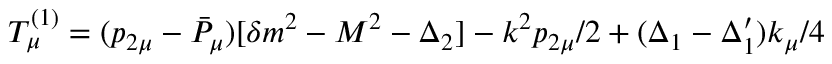
T _ { \mu } ^ { ( 1 ) } = ( p _ { 2 \mu } - { \bar { P } } _ { \mu } ) [ { \delta m } ^ { 2 } - M ^ { 2 } - \Delta _ { 2 } ] - k ^ { 2 } p _ { 2 \mu } / 2 + ( \Delta _ { 1 } - \Delta _ { 1 } ^ { \prime } ) k _ { \mu } / 4